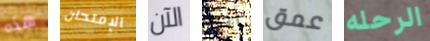
هذه الإمتحان الآن أنه عمق الرحله